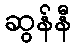
ဆွန်နီ